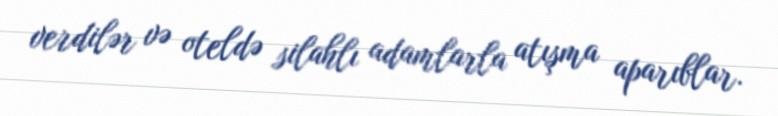
verdilər və oteldə silahlı adamlarla atışma aparıblar.